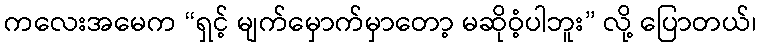
ကလေးအမေက “ရှင့် မျက်မှောက်မှာတော့ မဆိုဝံ့ပါဘူး” လို့ ပြောတယ်၊